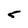
Character: 5